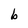
Character: b